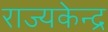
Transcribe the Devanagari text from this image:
राज्यकेन्द्र